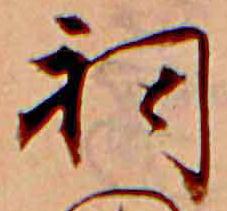
祠